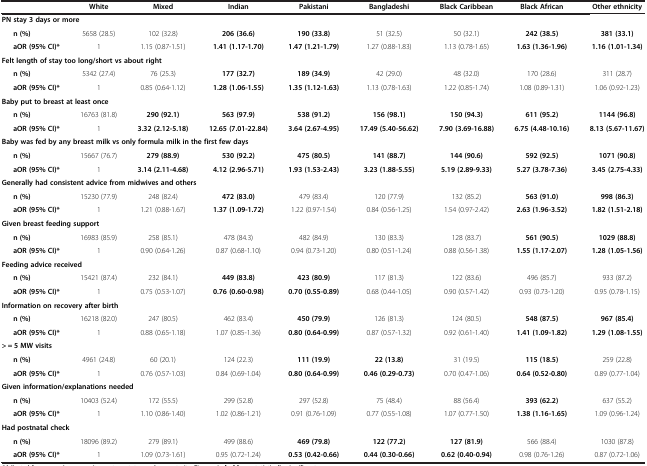
<table><thead><tr><td><b> </b></td><td><b>White</b></td><td><b>Mixed</b></td><td><b>Indian</b></td><td><b>Pakistani</b></td><td><b>Bangladeshi</b></td><td><b>Black Caribbean</b></td><td><b>Black African</b></td><td><b>Other ethnicity</b></td></tr></thead><tbody><tr><td colspan="9"><b>PN stay 3 days or more</b></td></tr><tr><td><b>n (%)</b></td><td>5658 (28.5)</td><td>102 (32.8)</td><td><b>206 (36.6)</b></td><td><b>190 (33.8)</b></td><td>51 (32.5)</td><td>50 (32.1)</td><td><b>242 (38.5)</b></td><td><b>381 (33.1)</b></td></tr><tr><td><b>aOR (95% CI)*</b></td><td>1</td><td>1.15 (0.87-1.51)</td><td><b>1.41 (1.17-1.70)</b></td><td><b>1.47 (1.21-1.79)</b></td><td>1.27 (0.88-1.83)</td><td>1.13 (0.78-1.65)</td><td><b>1.63 (1.36-1.96)</b></td><td><b>1.16 (1.01-1.34)</b></td></tr><tr><td colspan="9"><b>Felt length of stay too long/short vs about right</b></td></tr><tr><td><b>n (%)</b></td><td>5342 (27.4)</td><td>76 (25.3)</td><td><b>177 (32.7)</b></td><td><b>189 (34.9)</b></td><td>42 (29.0)</td><td>48 (32.0)</td><td>170 (28.6)</td><td>311 (28.7)</td></tr><tr><td><b>aOR (95% CI)*</b></td><td>1</td><td>0.85 (0.64-1.12)</td><td><b>1.28 (1.06-1.55)</b></td><td><b>1.35 (1.12-1.63)</b></td><td>1.13 (0.78-1.63)</td><td>1.22 (0.85-1.74)</td><td>1.08 (0.89-1.31)</td><td>1.06 (0.92-1.23)</td></tr><tr><td colspan="9"><b>Baby put to breast at least once</b></td></tr><tr><td><b>n (%)</b></td><td>16763 (81.8)</td><td><b>290 (92.1)</b></td><td><b>563 (97.9)</b></td><td><b>538 (91.2)</b></td><td><b>156 (98.1)</b></td><td><b>150 (94.3)</b></td><td><b>611 (95.2)</b></td><td><b>1144 (96.8)</b></td></tr><tr><td><b>aOR (95% CI)*</b></td><td>1</td><td><b>3.32 (2.12-5.18)</b></td><td><b>12.65 (7.01-22.84)</b></td><td><b>3.64 (2.67-4.95)</b></td><td><b>17.49 (5.40-56.62)</b></td><td><b>7.90 (3.69-16.88)</b></td><td><b>6.75 (4.48-10.16)</b></td><td><b>8.13 (5.67-11.67)</b></td></tr><tr><td colspan="9"><b>Baby was fed by any breast milk vs only formula milk in the first few days</b></td></tr><tr><td><b>n (%)</b></td><td>15667 (76.7)</td><td><b>279 (88.9)</b></td><td><b>530 (92.2)</b></td><td><b>475 (80.5)</b></td><td><b>141 (88.7)</b></td><td><b>144 (90.6)</b></td><td><b>592 (92.5)</b></td><td><b>1071 (90.8)</b></td></tr><tr><td><b>aOR (95% CI)*</b></td><td>1</td><td><b>3.14 (2.11-4.68)</b></td><td><b>4.12 (2.96-5.71)</b></td><td><b>1.93 (1.53-2.43)</b></td><td><b>3.23 (1.88-5.55)</b></td><td><b>5.19 (2.89-9.33)</b></td><td><b>5.27 (3.78-7.36)</b></td><td><b>3.45 (2.75-4.33)</b></td></tr><tr><td colspan="9"><b>Generally had consistent advice from midwives and others</b></td></tr><tr><td><b>n (%)</b></td><td>15230 (77.9)</td><td>248 (82.4)</td><td><b>472 (83.0)</b></td><td>479 (83.4)</td><td>120 (77.9)</td><td>132 (85.2)</td><td><b>563 (91.0)</b></td><td><b>998 (86.3)</b></td></tr><tr><td><b>aOR (95% CI)*</b></td><td>1</td><td>1.21 (0.88-1.67)</td><td><b>1.37 (1.09-1.72)</b></td><td>1.22 (0.97-1.54)</td><td>0.84 (0.56-1.25)</td><td>1.54 (0.97-2.42)</td><td><b>2.63 (1.96-3.52)</b></td><td><b>1.82 (1.51-2.18)</b></td></tr><tr><td colspan="9"><b>Given breast feeding support</b></td></tr><tr><td><b>n (%)</b></td><td>16983 (85.9)</td><td>258 (85.1)</td><td>478 (84.3)</td><td>482 (84.9)</td><td>130 (83.3)</td><td>128 (83.7)</td><td><b>561 (90.5)</b></td><td><b>1029 (88.8)</b></td></tr><tr><td><b>aOR (95% CI)*</b></td><td>1</td><td>0.90 (0.64-1.26)</td><td>0.87 (0.68-1.10)</td><td>0.94 (0.73-1.20)</td><td>0.80 (0.51-1.24)</td><td>0.88 (0.56-1.38)</td><td><b>1.55 (1.17-2.07)</b></td><td><b>1.28 (1.05-1.56)</b></td></tr><tr><td colspan="9"><b>Feeding advice received</b></td></tr><tr><td><b>n (%)</b></td><td>15421 (87.4)</td><td>232 (84.1)</td><td><b>449 (83.8)</b></td><td><b>423 (80.9)</b></td><td>117 (81.3)</td><td>122 (83.6)</td><td>496 (85.7)</td><td>933 (87.2)</td></tr><tr><td><b>aOR (95% CI)*</b></td><td>1</td><td>0.75 (0.53-1.07)</td><td><b>0.76 (0.60-0.98)</b></td><td><b>0.70 (0.55-0.89)</b></td><td>0.68 (0.44-1.05)</td><td>0.90 (0.57-1.42)</td><td>0.93 (0.73-1.20)</td><td>0.95 (0.78-1.15)</td></tr><tr><td colspan="9"><b>Information on recovery after birth</b></td></tr><tr><td><b>n (%)</b></td><td>16218 (82.0)</td><td>247 (80.5)</td><td>462 (83.4)</td><td><b>450 (79.9)</b></td><td>126 (81.3)</td><td>124 (80.5)</td><td><b>548 (87.5)</b></td><td><b>967 (85.4)</b></td></tr><tr><td><b>aOR (95% CI)*</b></td><td>1</td><td>0.88 (0.65-1.18)</td><td>1.07 (0.85-1.36)</td><td><b>0.80 (0.64-0.99)</b></td><td>0.87 (0.57-1.32)</td><td>0.92 (0.61-1.40)</td><td><b>1.41 (1.09-1.82)</b></td><td><b>1.29 (1.08-1.55)</b></td></tr><tr><td colspan="9"><b>&gt; = 5 MW visits</b></td></tr><tr><td><b>n (%)</b></td><td>4961 (24.8)</td><td>60 (20.1)</td><td>124 (22.3)</td><td><b>111 (19.9)</b></td><td><b>22 (13.8)</b></td><td>31 (19.5)</td><td><b>115 (18.5)</b></td><td>259 (22.8)</td></tr><tr><td><b>aOR (95% CI)*</b></td><td>1</td><td>0.76 (0.57-1.03)</td><td>0.84 (0.69-1.04)</td><td><b>0.80 (0.64-0.99)</b></td><td><b>0.46 (0.29-0.73)</b></td><td>0.70 (0.47-1.06)</td><td><b>0.64 (0.52-0.80)</b></td><td>0.89 (0.77-1.04)</td></tr><tr><td colspan="9"><b>Given information/explanations needed</b></td></tr><tr><td><b>n (%)</b></td><td>10403 (52.4)</td><td>172 (55.5)</td><td>299 (52.8)</td><td>297 (52.8)</td><td>75 (48.4)</td><td>88 (56.4)</td><td><b>393 (62.2)</b></td><td>637 (55.2)</td></tr><tr><td><b>aOR (95% CI)*</b></td><td>1</td><td>1.10 (0.86-1.40)</td><td>1.02 (0.86-1.21)</td><td>0.91 (0.76-1.09)</td><td>0.77 (0.55-1.08)</td><td>1.07 (0.77-1.50)</td><td><b>1.38 (1.16-1.65)</b></td><td>1.09 (0.96-1.24)</td></tr><tr><td colspan="9"><b>Had postnatal check</b></td></tr><tr><td><b>n (%)</b></td><td>18096 (89.2)</td><td>279 (89.1)</td><td>499 (88.6)</td><td><b>469 (79.8)</b></td><td><b>122 (77.2)</b></td><td><b>127 (81.9)</b></td><td>566 (88.4)</td><td>1030 (87.8)</td></tr><tr><td><b>aOR (95% CI)*</b></td><td>1</td><td>1.09 (0.73-1.61)</td><td>0.95 (0.72-1.24)</td><td><b>0.53 (0.42-0.66)</b></td><td><b>0.44 (0.30-0.66)</b></td><td><b>0.62 (0.40-0.94)</b></td><td>0.98 (0.76-1.26)</td><td>0.87 (0.72-1.06)</td></tr></tbody></table>